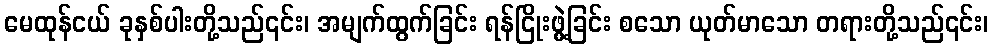
မေထုန်ငယ် ခုနှစ်ပါးတို့သည်၎င်း၊ အမျက်ထွက်ခြင်း ရန်ငြိုးဖွဲ့ခြင်း စသော ယုတ်မာသော တရားတို့သည်၎င်း၊